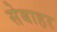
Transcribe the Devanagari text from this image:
सेबाहर